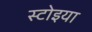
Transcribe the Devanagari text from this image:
स्टोइया